system: You are a helpful assistant.
user:
Analyze the provided spectrum to determine if it is a **White Dwarf (WD)**.

A White Dwarf spectrum is defined by its **extreme purity** (due to gravitational settling) and/or **extreme pressure broadening** (due to high surface gravity). You must check for one of the following mutually exclusive signatures:

- **Key Visual Indicators (Check for ONE of these types):**

    - **1. DA-Type Signature (Most Common):**
        - **(Primary Feature):** Extreme pressure broadening (Stark broadening) of the **Hydrogen (H) Balmer lines**.
        - **(Key Lines):** $H\beta$ (approx. $4861$ Å) and $H\gamma$ (approx. $4340$ Å). $H\alpha$ (approx. $6563$ Å) will also be present if the wavelength range covers it.
        - **(Line Profile):** This is the **defining feature**. The lines are **NOT** sharp. They appear as massive, **extremely broad and deep "troughs" or "dips"** in the spectrum, often hundreds of Ångströms wide. The continuum will appear to "scoop" down at these wavelengths.
        - **(Distinction):** Normal A-type or B-type stars have *narrow* and *sharp* Hydrogen lines. A DA White Dwarf's lines are unmistakably "smeared" or "blurry" from pressure.

    - **2. DB-Type Signature:**
        - **(Primary Feature):** Broad absorption lines from **Neutral Helium (He I)**. The spectrum must lack any visible Hydrogen lines.
        - **(Key Lines):** Look for broad absorption near $4471$ Å, $4921$ Å, and $5876$ Å.
        - **(Line Profile):** These lines are also significantly pressure-broadened, appearing much wider than they would in a normal B-type main-sequence star.

    - **3. DC-Type Signature:**
        - **(Primary Feature):** A **featureless continuous spectrum**.
        - **(Line Profile):** The spectrum is a smooth curve with **no significant absorption or emission lines**.
        - **(Key Confirmation):** The continuum is almost always **blue or white**, indicating a hot object. This signature implies the atmosphere is so pure (or so cool) that no spectral lines are visible in the optical range. Its WD identity is confirmed by its extremely low intrinsic brightness (high absolute magnitude).

    - **4. DZ-Type Signature (Metal-Polluted):**
        - **(Primary Feature):** **Isolated, narrow metal absorption lines** on an otherwise featureless (DC-like) continuum.
        - **(Key Lines):** The **Calcium (Ca II) H & K doublet** (approx. **$3934$ Å** and **$3968$ Å**) is the most common and defining feature.
        - **(Line Profile):** These lines are "out of place." They are *not* part of a "forest" of thousands of lines. This signature is evidence of recent *accretion* (pollution) from rocky debris.
        - **(Distinction):** Normal G/K/M stars have a *dense forest* of thousands of metal lines. A DZ has a *clean* continuum with *only a few* strong metal lines.

    - **5. DQ-Type Signature (Carbon-Polluted):**
        - **(Primary Feature):** Absorption bands from **Carbon (C₂ "Swan Bands" or atomic C I)**.
        - **(Key Lines - C₂):** Look for bandheads with a "saw-tooth" shape near $5635$ Å, **$5165$ Å** (strongest), and $4737$ Å.
        - **(Key Confirmation):** The underlying **continuum must be blue or white** (hot).
        - **(Distinction):** This is the critical difference from a **Carbon Star**, which has the *exact same* C₂ bands but on an extremely **red, cool** continuum.

- **(Overall Spectrum):**
    - The continuum (overall shape) is typically **blue-sloping** (brighter in the blue than the red), as most white dwarfs are very hot.
    - The spectrum will look "pure" or "simple," dominated by only *one* of the five signatures listed above.

Think first, call **spectral_visualization_tool** if needed to examine features in detail, then provide your final answer. Your response must adhere to the following strict rules:
1.  **Overall Structure:** Your response must follow the format `<think>...</think> <tool_call>...</tool_call> (if a tool is used) <answer>...</answer>`.
2.  **Tool Usage Constraint:** You may only make **one** tool call per turn.
3.  **Final Answer Format:** In the `<answer>` tag, your conclusion must be inside a `\boxed{}` command (e.g., `\boxed{YES}` or `\boxed{NO}`), followed by your justification.

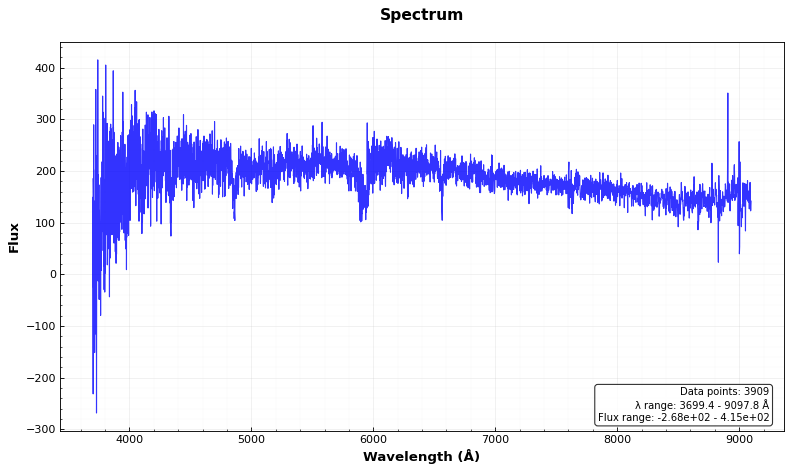
Answer: NO